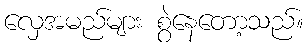
လှေအမည်များ စွဲနေတော့သည်။